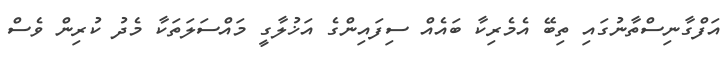
އަފްގާނިސްތާނުގައި ތިބޭ އެމެރިކާ ބައެއް ސިފައިންގެ އަޚުލާގީ މައްސަލަތަކާ މެދު ކުރިން ވެސް